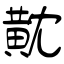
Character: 黆